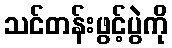
သင်တန်းဖွင့်ပွဲကို